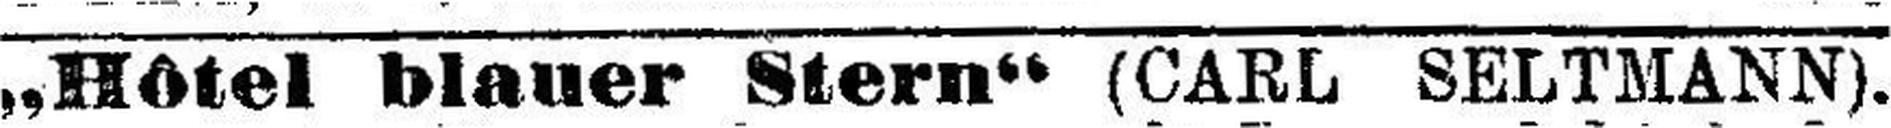
„Hôtel blauer Stern“ (CARL SELTMANN).